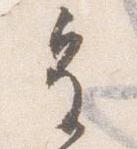
皇